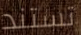
تستند